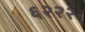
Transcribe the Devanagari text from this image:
६२२२